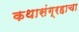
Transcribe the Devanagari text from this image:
कथासंग्रहाचा